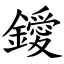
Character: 鑀